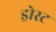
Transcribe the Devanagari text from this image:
ड्रोस्ट